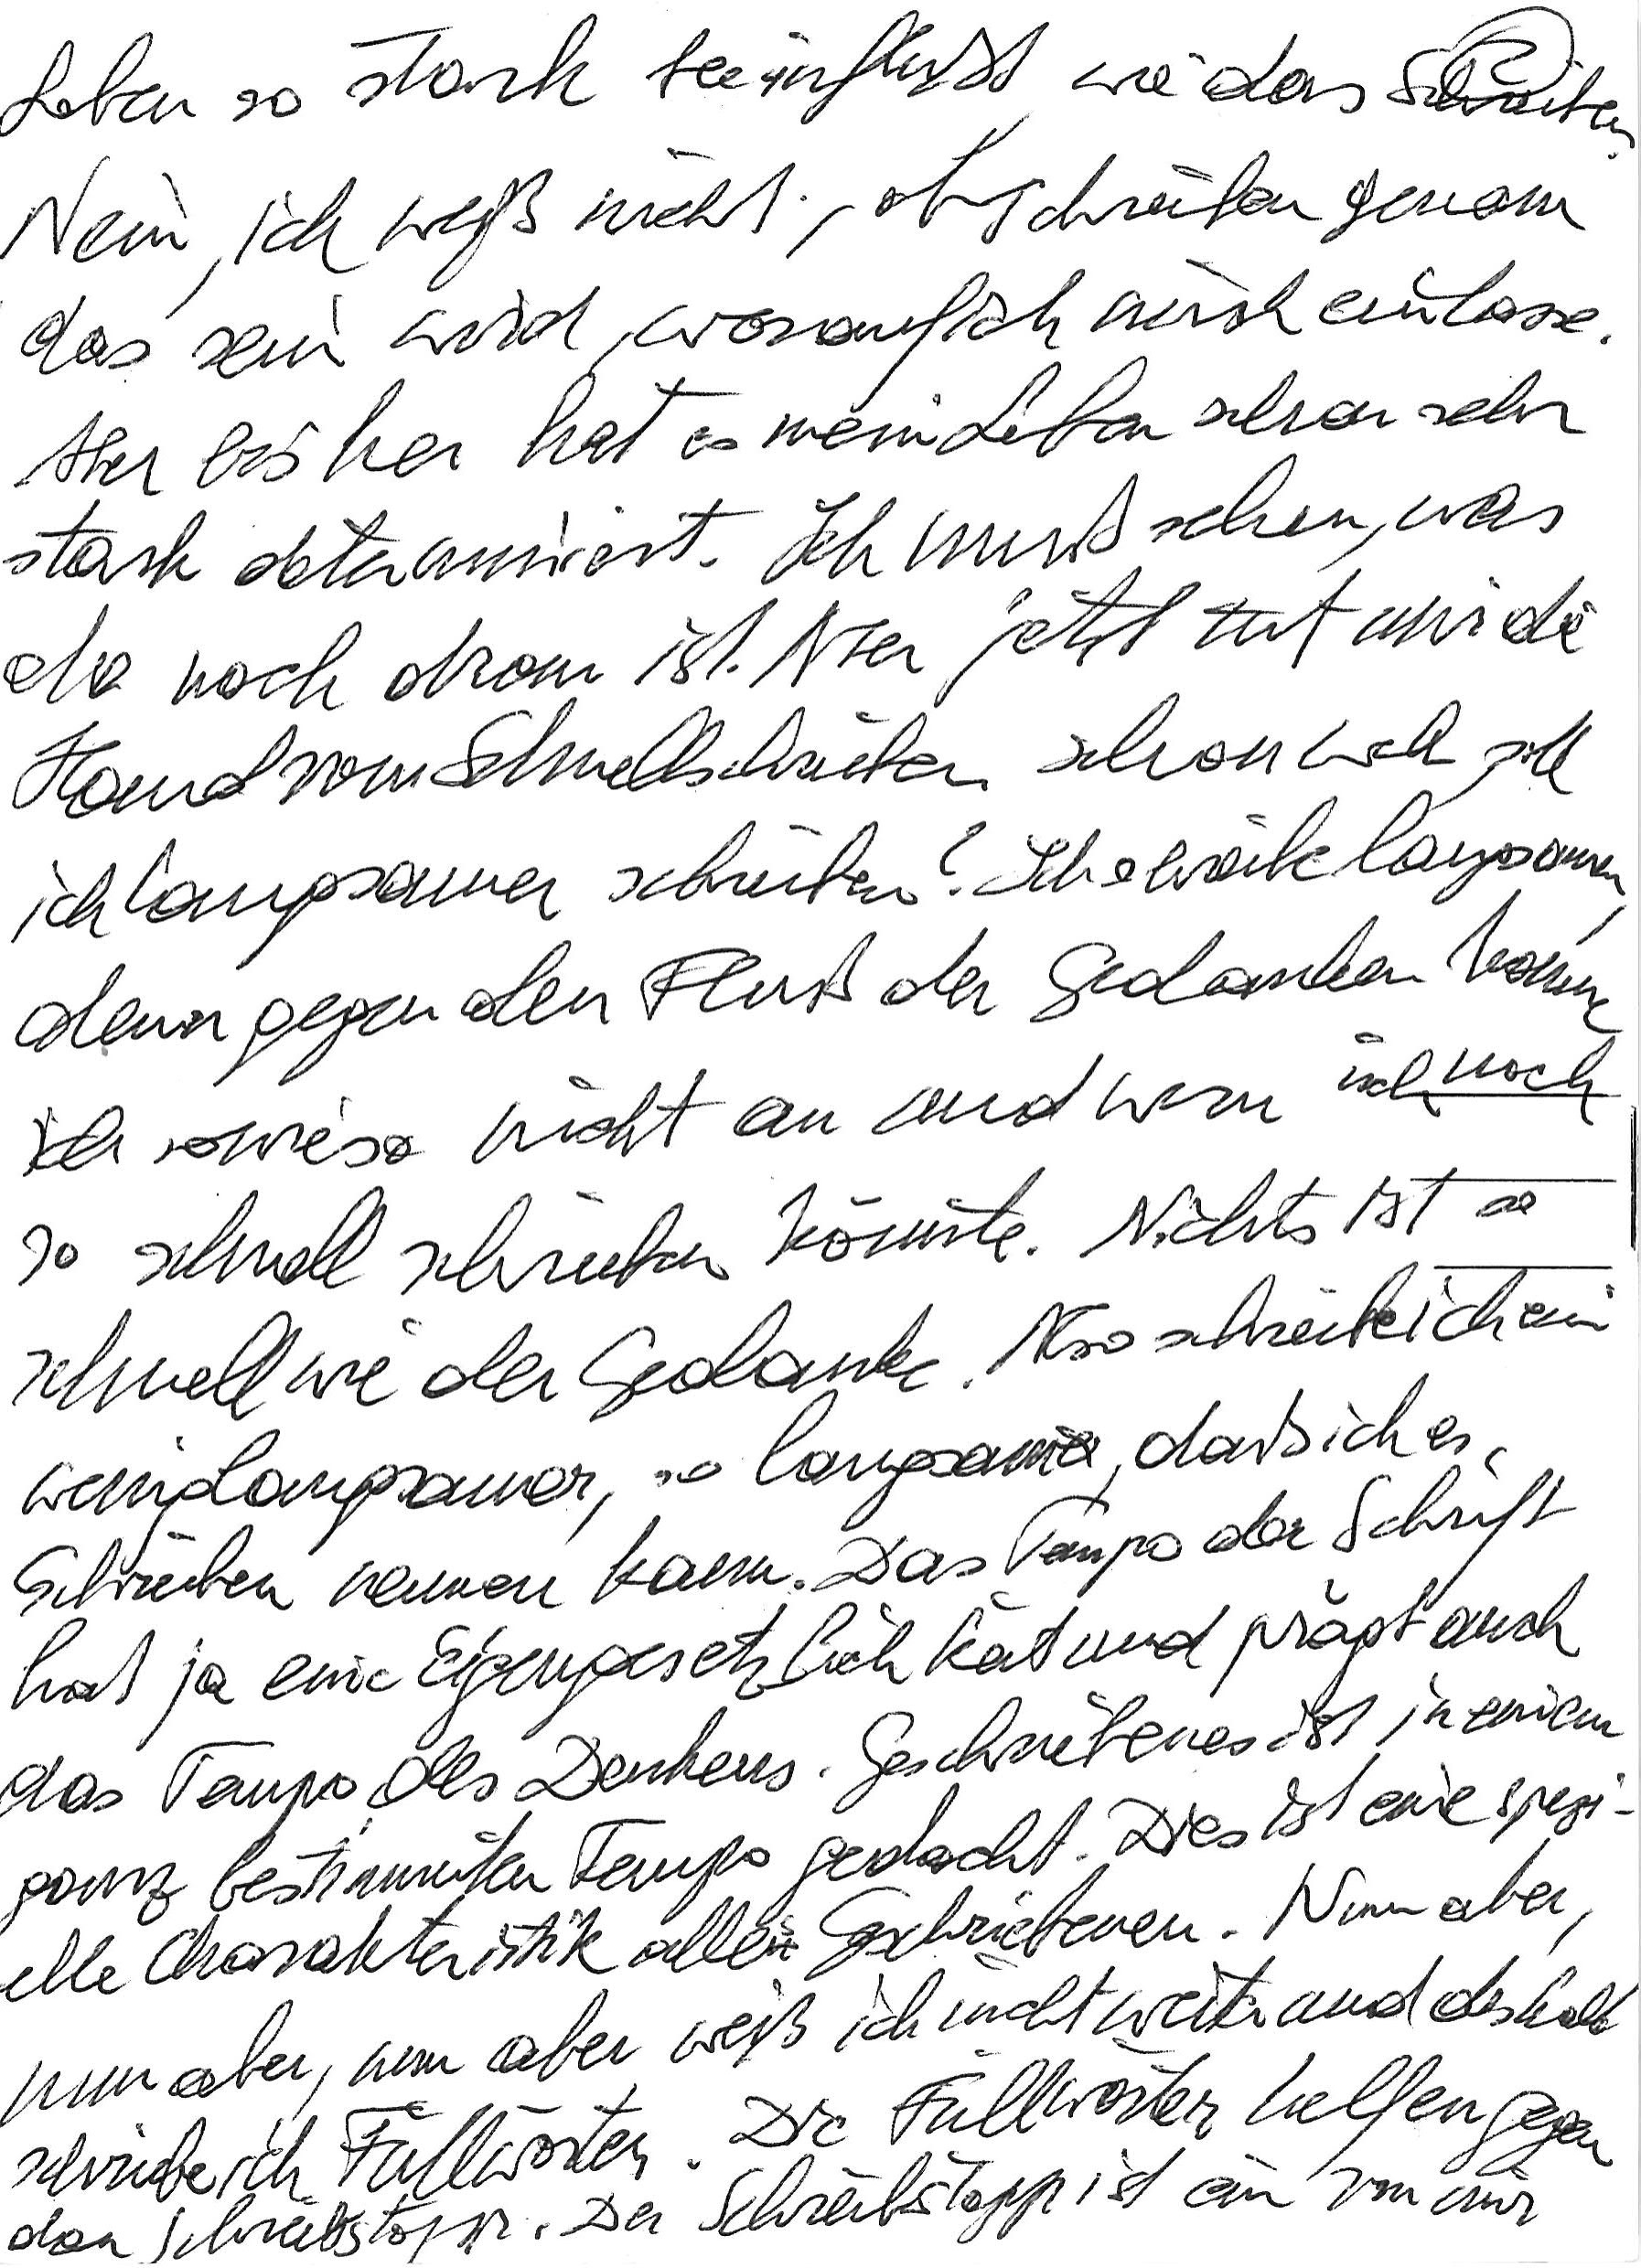
Leben so stark beeinflußt, wie das Schreiben.
Nein, ich weiß nicht, ob Schreiben genau
das sein wird, worauf ich mich einlasse.
Aber bisher hat es mein Leben schon sehr
stark determiniert. Ich muß sehen, was
da noch dran ist. Aber jetzt tut mir die
Hand vom Schnellschreiben schon weh, soll
ich langsamer schreiben? Ich schreibe langsamer,
denn gegen den Fluß der Gedanken komme
ich sowieso nicht an und wenn ich noch
so schnell schreiben könnte. Nichts ist so
schnell wie der Gedanke. Also schreibe ich ein
wenig langsamer, so langsam, daß ich es
Schreiben nennen kann. Das Tempo der Schrift
hat ja eine Eigengesetzlichkeit und prägt auch
das Tempo des Denkens. Geschriebenes ist in einem
ganz bestimmten Tempo gedacht. Dies ist eine spezi-
elle Charakteristik alles Geschriebenen. Nun aber,
nun aber, nun aber weiß ich nicht weiter und deshalb
schreibe ich Füllwörter. Die Füllwörter helfen gegen
den Schreibstopp. Der Schreibstopp ist ein von mir